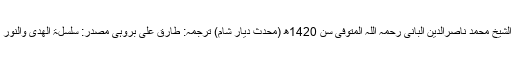
(ایک مفید مناقشہ) فضیلۃ الشیخ محمد ناصرالدین البانی رحمہ اللہ المتوفی سن 1420ھ (محدث دیارِ شام) ترجمہ: طارق علی بروہی مصدر: سلسلۃ الھدی والنور کیسٹ رقم725 اور 544۔